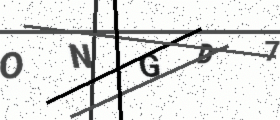
Text: ONGD7